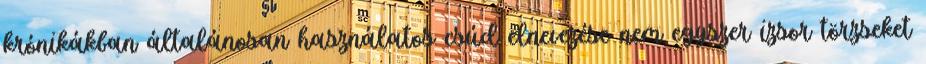
krónikákban általánosan használatos csúd elnevezése nem egyszer izsor törzseket